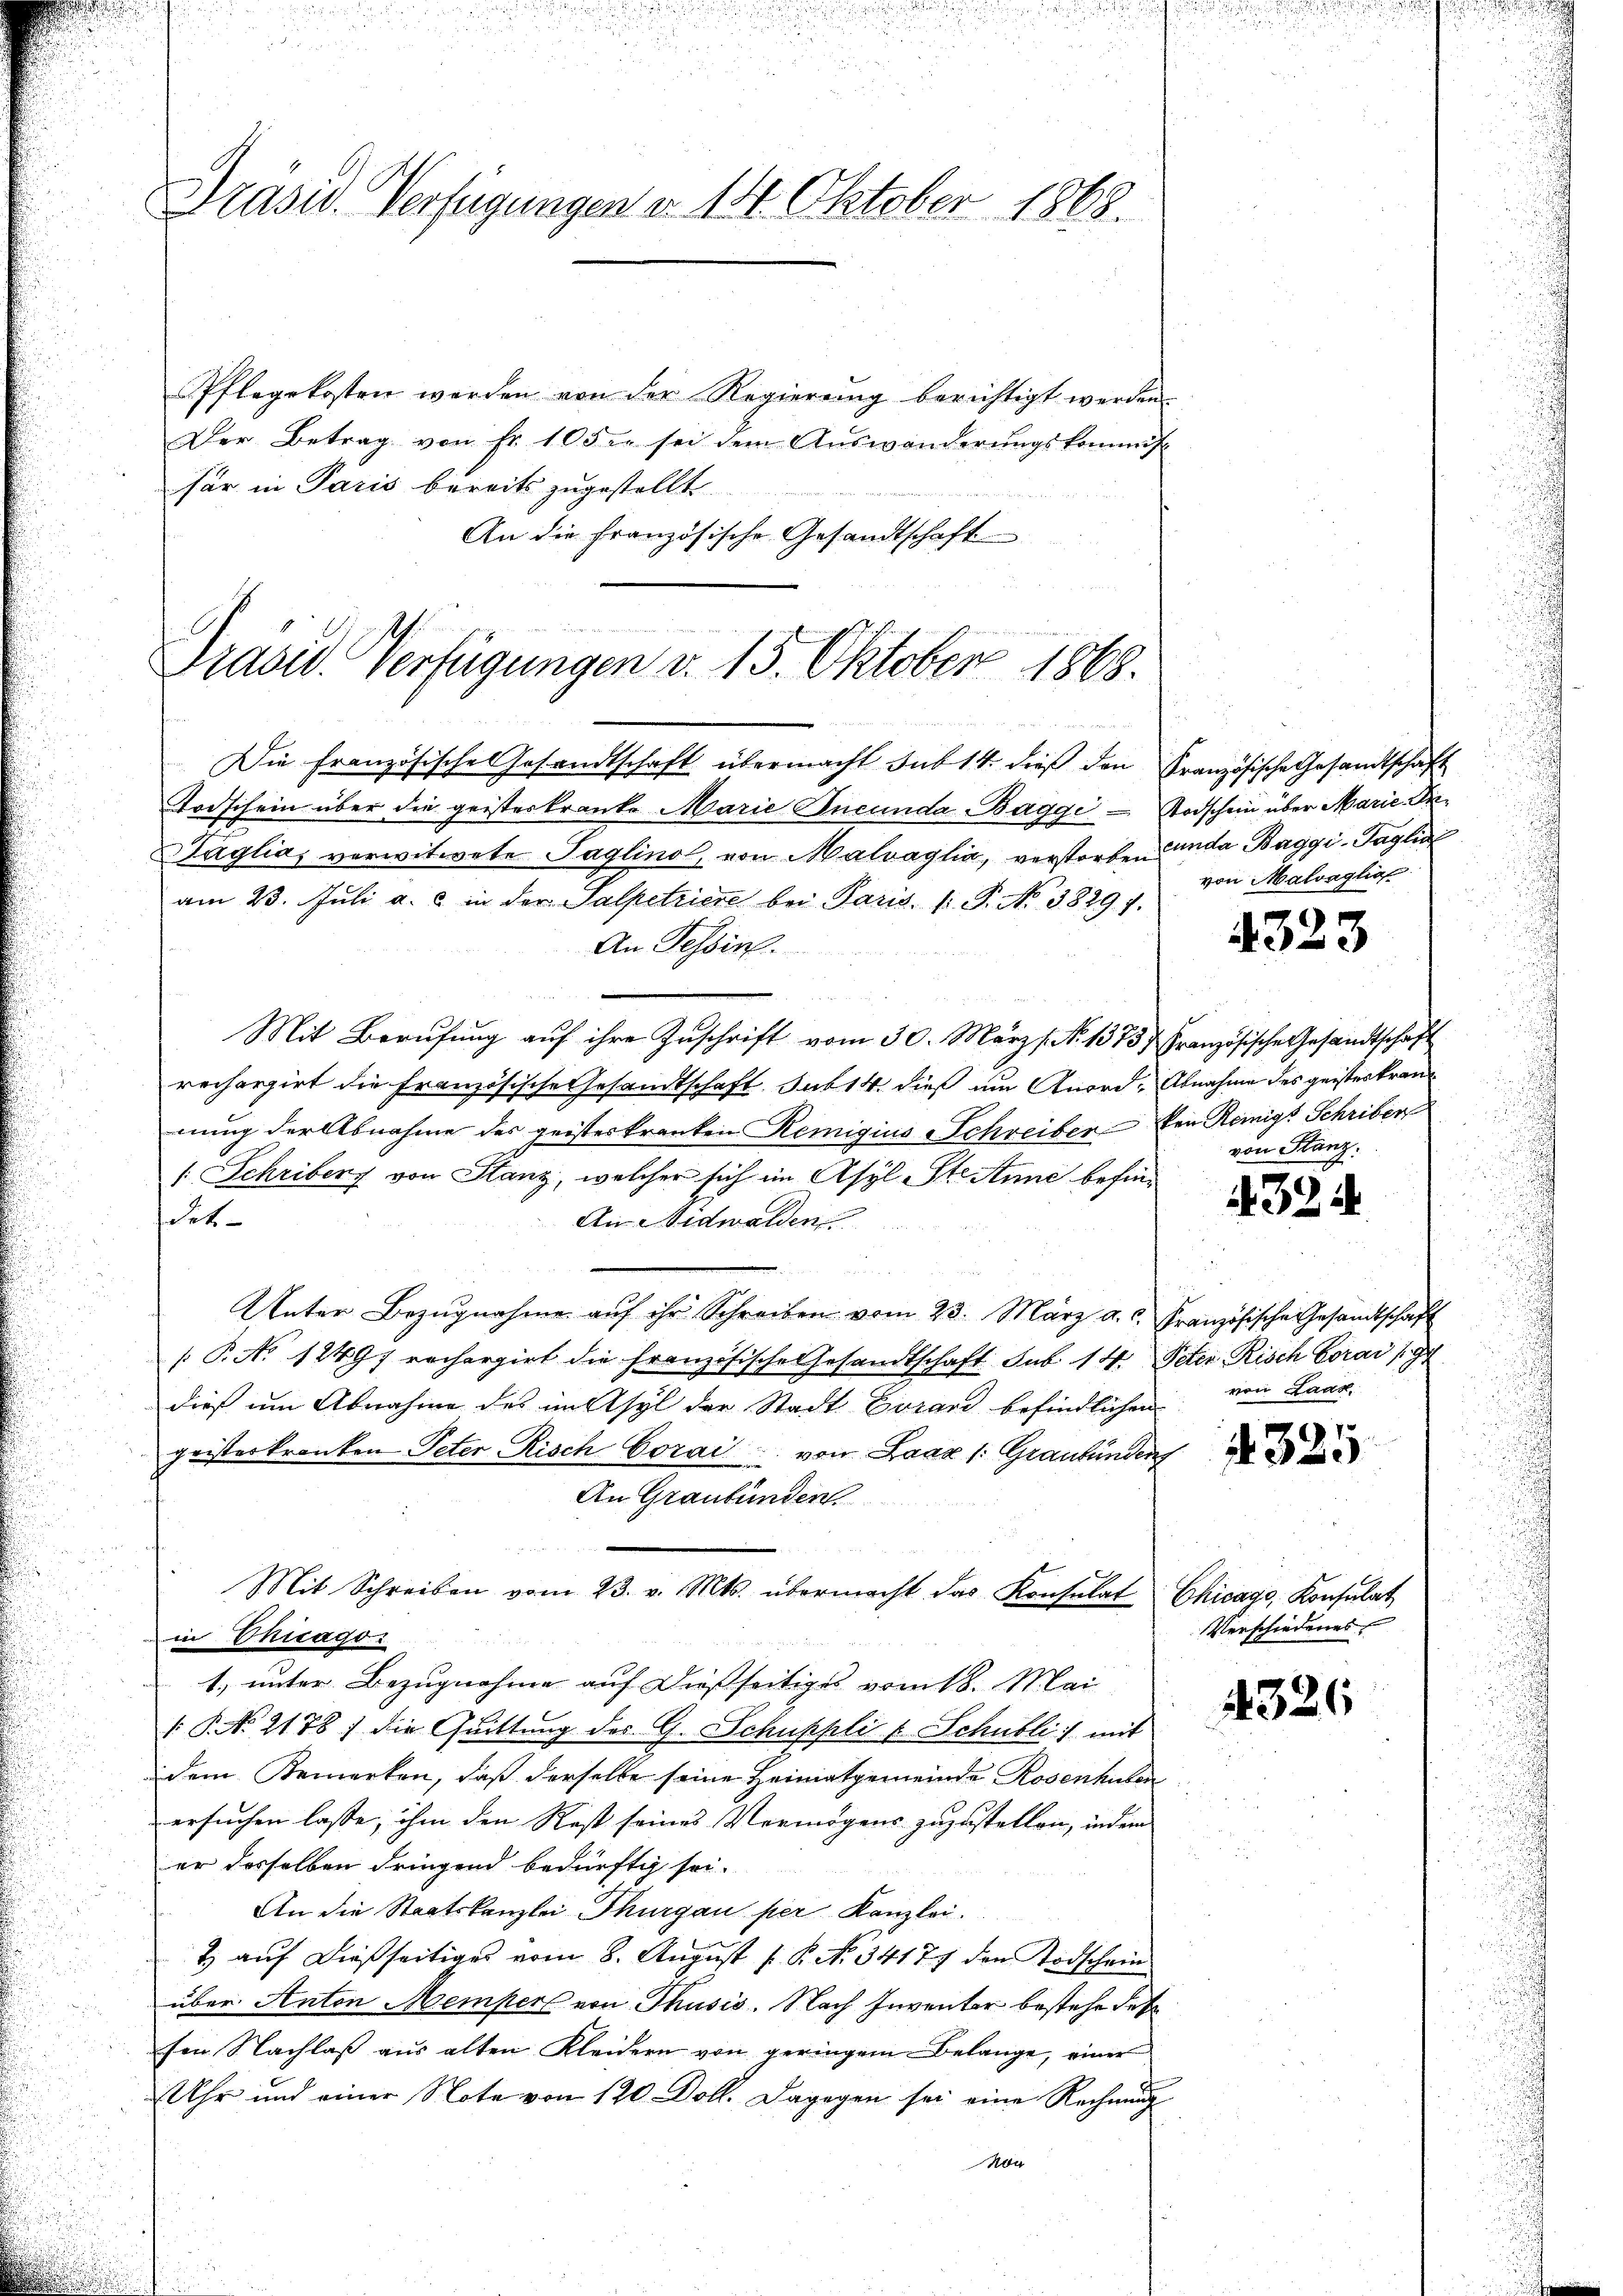
Präsid. Verfügungen v. 14. Oktober 1868.

Pflegekosten werden von der Regierung berichtigt werden.
Der Betrag von Fr. 105 in sei dem Aŭswänderŭngskommis
für in Paris bereits zugestellt
An die französische Gesandtschaft

Präsid. Verfügungen v. 15. Oktober 1848.

Die Französische Gesandtschaft übermacht sub 14. dieß den Französische Gesandtschaft
Todschein über die geisterkranke Marie Incunda Baggi - Todschein über Marie-In¬
Saglias verwitwete Taglino, von Malvaglia, verstorben anda Baggi-Taglia
am 23. Juli a. c. in der Salpetriere bei Paris. P.P. No 38291.
An Tessin.
Mit Berufung auf ihre Zuschrift vom 30. März [No 1375 Französische Gesandtschaft
rechargirt die Französische Gesandtschaft. sub 14. dieß um Anordnung der Abnahme des geisteskranken Remigius Schreiber den Königs Schriben
[Schriben von Stanz, welcher sich im Asyl-Ste Anne befindet.
An Nidwalden
Unter Bezŭgnahme aŭf ihr Schreiben vom 23. März a. c. französische Gesandtschaft
 P. No 12497 rechargirt die französische Gesandtschaft sub 14. Peter Risch Corai 194
dieß um Abnahme des im Asyl der Stadt Evrard befindlichen von Laar.
geisterkranken Peter Risch Corai. von Laaz /: Graubündenz
An Graubünden
Mit Schreiben vom 23. v. Mts. übermacht das Konsulat
in Chicago
1. unter Bezugnahme auf dießseitiges vom 18. Mai
 P. No 2178) die Quittung des G. Schuppli v. Schubli) mit
dem Bemerken, daß derselbe seine Heimatgemeinde Rosenhuben
ersuchen lasse, ihm den Rest seines Vermögens zuzustellen, indem
er desselben dringend bedürftig sei.
An die Staatskanzlei Thurgau per Kanzlei.
& auf dießseitiges vom 8. August 1. P. No. 34177 den Todschein
über Anton Memper von Thusis. Nach Inventer bestehe des
sen Nachlaß aus alten Kleidern von geringem Belange, einer
Uhr und einer Note von 120 Doll. Dagegen sei eine Rechnung

von Malvaglia

4323

Abnahme des geisteskranvon Stanz:

4324

1
N

Chicago, Konsulat
Verschiedenes

4326